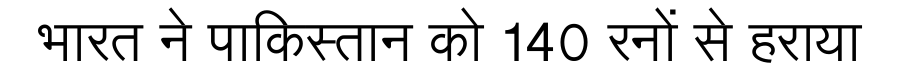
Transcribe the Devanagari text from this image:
भारत ने पाकिस्तान को 140 रनों से हराया